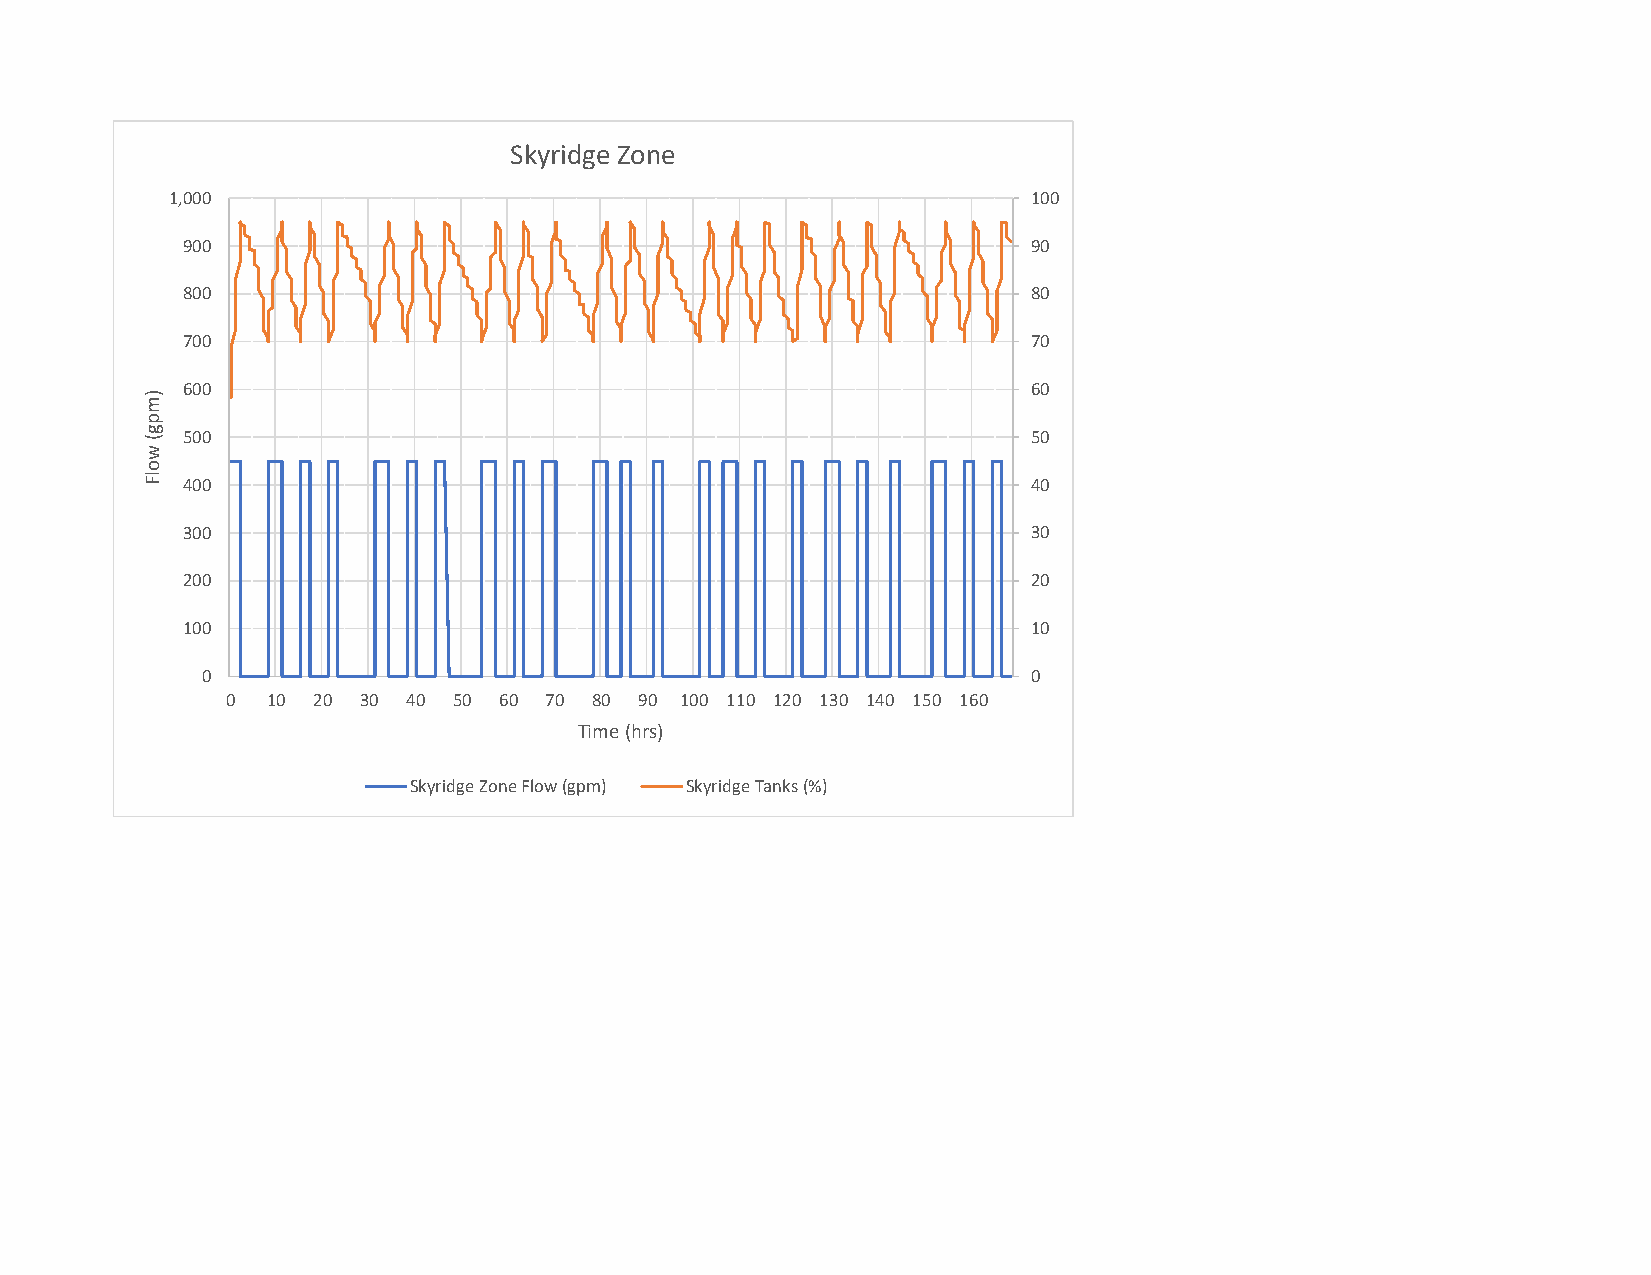
Skyridge Zone
 1,000                                                    100
 900                                                     90
 800                                                     80
 700                                                     70
 600                                                     60
 500                                                     50
 400                                                     40
 300                                                     30
 200                                                     20
 100                                                     10
 0                                                      0
 0  10 20 30 40 50 60 70 80 90 100 110 120 130 140 150 160
 Time (hrs)
 Skyridge Zone Flow (gpm) Skyridge Tanks (%)
 )mpg(
 wolF